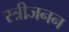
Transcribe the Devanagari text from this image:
स्त्रीजनन